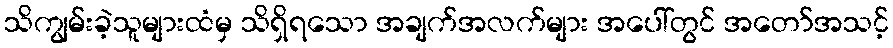
သိကျွမ်းခဲ့သူများထံမှ သိရှိရသော အချက်အလက်များ အပေါ်တွင် အတော်အသင့်